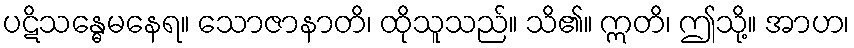
ပဋိသန္ဓေမနေရ။ သောဇာနာတိ၊ ထိုသူသည်။ သိ၏။ ဣတိ၊ ဤသို့။ အာဟ၊